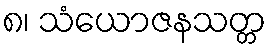
၈၊ သံယောဇနသတ္တ